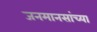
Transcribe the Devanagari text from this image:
जनमानसांच्या